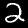
Label: 2